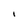
Character: I